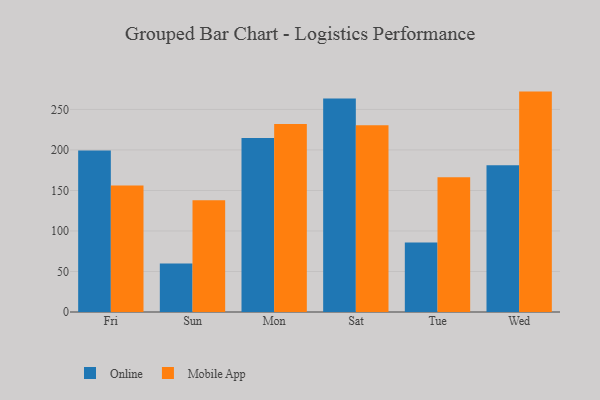
{"axis": {"x": "Day", "y": "Gross Profit (USD K)"}, "legend": ["Mobile App", "Online"], "data": [{"x": "Fri", "y": 199.3, "type": "Online"}, {"x": "Fri", "y": 156.1, "type": "Mobile App"}, {"x": "Sun", "y": 60.0, "type": "Online"}, {"x": "Sun", "y": 138.0, "type": "Mobile App"}, {"x": "Mon", "y": 214.7, "type": "Online"}, {"x": "Mon", "y": 231.9, "type": "Mobile App"}, {"x": "Sat", "y": 263.4, "type": "Online"}, {"x": "Sat", "y": 230.6, "type": "Mobile App"}, {"x": "Tue", "y": 85.7, "type": "Online"}, {"x": "Tue", "y": 166.4, "type": "Mobile App"}, {"x": "Wed", "y": 181.0, "type": "Online"}, {"x": "Wed", "y": 272.0, "type": "Mobile App"}]}